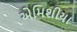
એમિશીયા